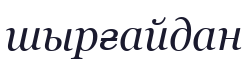
шырғайдан